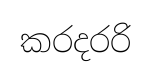
කරදරරි